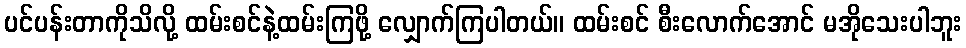
ပင်ပန်းတာကိုသိလို့ ထမ်းစင်နဲ့ထမ်းကြဖို့ လျှောက်ကြပါတယ်။ ထမ်းစင် စီးလောက်အောင် မအိုသေးပါဘူး